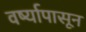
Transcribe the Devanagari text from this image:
वर्ष्यापासून